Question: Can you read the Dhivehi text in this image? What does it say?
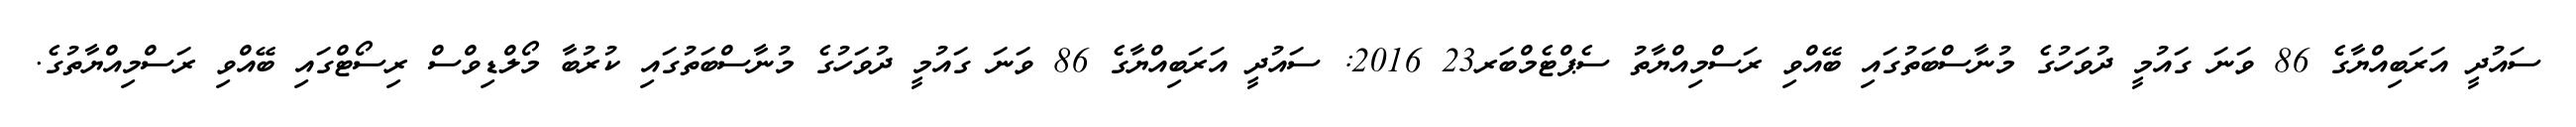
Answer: ސައުދީ އަރަބިއްޔާގެ 86 ވަނަ ގައުމީ ދުވަހުގެ މުނާސްބަތުގައި ބޭއްވި ރަސްމިއްޔާތު ސެޕްޓެމްބަރ23 2016: ސައުދީ އަރަބިއްޔާގެ 86 ވަނަ ގައުމީ ދުވަހުގެ މުނާސްބަތުގައި ކުރުބާ މޯލްޑިވްސް ރިސޯޓްގައި ބޭއްވި ރަސްމިއްޔާތުގެ.